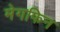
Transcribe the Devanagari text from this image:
मेगफिन